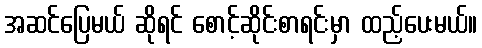
အဆင်ပြေမယ် ဆိုရင် စောင့်ဆိုင်းစာရင်းမှာ ထည့်ပေးမယ်။